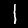
Digit: 1